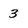
Character: 3